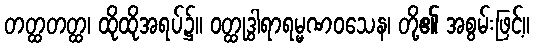
တတ္ထတတ္ထ၊ ထိုထိုအရပ်၌။ ဝတ္ထုဒွါရာရမ္မဏဝသေန၊ တို့၏ အစွမ်းဖြင့်။